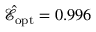
\hat { \mathcal E } _ { \mathrm { o p t } } = 0 . 9 9 6